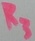
Text: R3